Indian journal of veterinary science and animal husbandry - Volumes 15-17, 1948-1951
Year: 1948
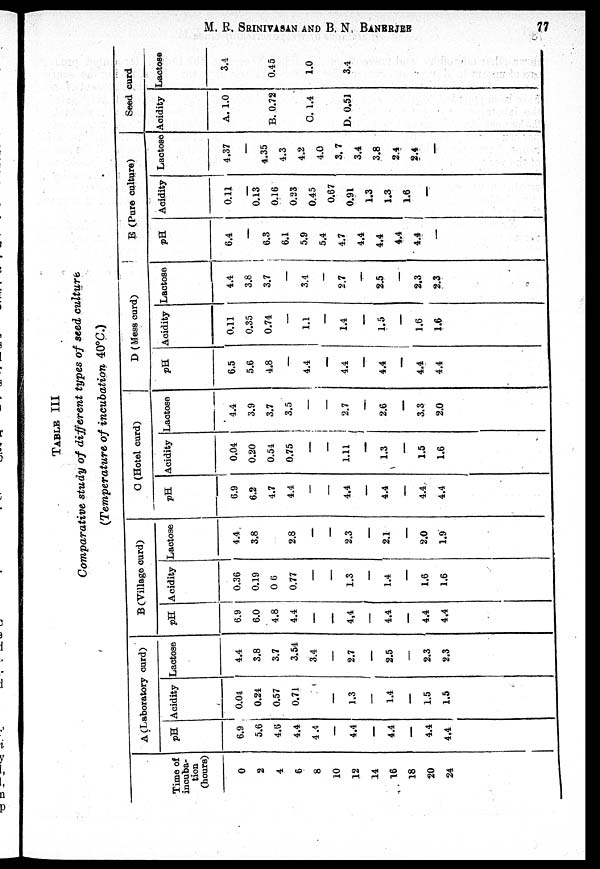
M. R. SRINIVASAN AND B. N. BANERJEE 77
TABLE
III
Comparative study of different types of seed culture
(Temperature of incubation 40°C.)
Time of
incuba-
tion
(hours)
0
2
4
6
8
10
12
14
16
18
20
24
A (Laboratory curd)
pH
6.9
5.6
4.6
4.4
4.4
—
4.4
—
4.4
—
4.4
4.4
Acidity
0.04
0.24
0.57
0.71
—
1.3
—
1.4
—
1.5
1.5
Lactose
4.4
3.8
3.7
3.54
3.4
—
2.7
—
2.5
—
2.3
2.3
B (Village curd)
pH
6.9
6.0
4.8
4.4
—
—
4.4
—
4.4
—
4.4
4.4
Acidity
0.36
0.19
0 6
0.77
—
—
1.3
—
1.4
—
1.6
1.6
Lactose
4.4
3.8
2.8
—
—
2.3
—
2.1
—
2.0
1.9
C (Hotel curd)
pH
6.9
6.2
4.7
4.4
—
—
4.4
—
4.4
—
4.4
4.4
Acidity
0.04
0.20
0.54
0.75
—
—
1.11
—
1.3
—
1.5
1.6
Lactose
4.4
3.9
3.7
3.5
—
—
2.7
—
2.6
—
3.3
2.0
D ( Mess curd)
pH
6.5
5.6
4.8
—
4.4
—
4.4
—
4.4
—
4.4
4.4
Acidity
0.11
0.35
0.74
—
1.1
—
1.4
—
1.5
—
1.6
1.6
Lactose
4.4
3.8
3.7
—
3.4
—
2.7
—
2.5
—
2.3
2.3
E (Pure culture)
pH
6.4
—
6.3
6.1
5.9
5.4
4.7
4.4
4.4
4.4
4.4
—
Acidity
0.11
—
0.13
0.16
0.23
0.45
0.67
0.91
1.3
1.3
1.6
—
Lactose
4.37
—
4.35
4.3
4.2
4.0
3. 7
3.4
3.8
2.4
2.4
—
Seed curd
Acidity
A. 1.0
B. 0.72
C. 1.4
D. 0.51
Lactos
3.4
0.45
1.0
3.4